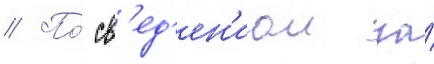
// По́ св'ед'ен'иам за́